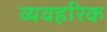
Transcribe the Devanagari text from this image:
व्यवहरिक